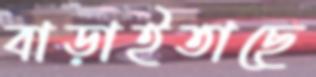
বাড়াইতাছে